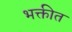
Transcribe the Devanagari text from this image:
भक्तीत